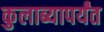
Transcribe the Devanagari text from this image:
कुलाब्यापर्यंत